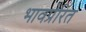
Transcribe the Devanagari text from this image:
भावप्रेरित